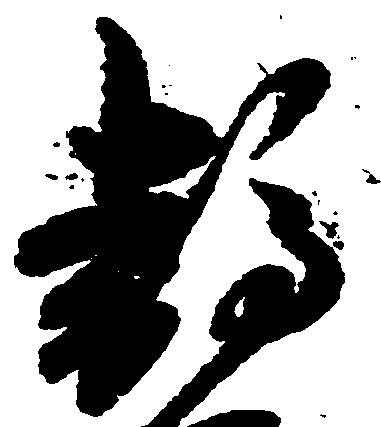
静